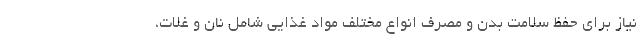
نیاز برای حفظ سلامت بدن و مصرف انواع مختلف مواد غذایی شامل نان و غلات،